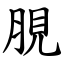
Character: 䏹